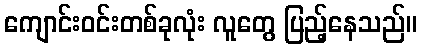
ကျောင်းဝင်းတစ်ခုလုံး လူတွေ ပြည့်နေသည်။